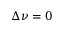
\Delta \nu = 0